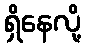
ရှိနေလို့